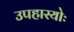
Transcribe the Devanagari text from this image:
उपहारयोः